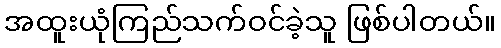
အထူးယုံကြည်သက်ဝင်ခဲ့သူ ဖြစ်ပါတယ်။